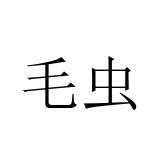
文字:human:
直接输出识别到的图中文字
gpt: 毛虫